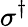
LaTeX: \sigma^{\dagger}